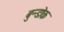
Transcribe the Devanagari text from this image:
बुन्डोक